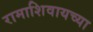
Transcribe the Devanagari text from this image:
रामाशिवायच्या